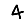
Digit: 4